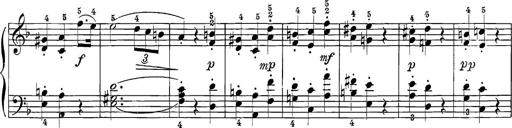
Title: 12 Sonatine per Pianoforte
Composer: Friedrich Kuhlau